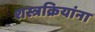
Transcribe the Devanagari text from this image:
शस्त्रक्रियांना